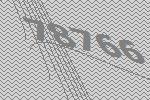
78766